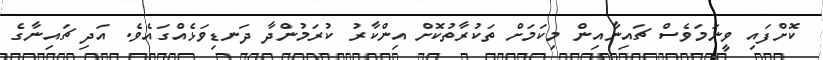
ކޮށްފައި ވީނަމަވެސް ޗައިނާއިން މިކަމަށް ތަކުރާތުކޮށް އިންކާރު ކުރަމުންދާ ދަނޑިވަޅެއްގައެވެ. އަދި ޗައިނާގެ